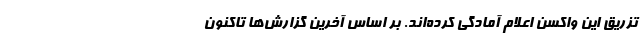
تزریق این واکسن اعلام آمادگی کرده‌اند. بر اساس آخرین گزارش‌ها تاکنون